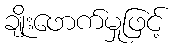
ချိုးဖောက်မှုဖြင့်